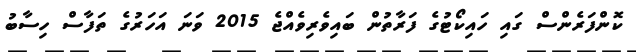
ކޮންފަރެންސް ގައި ހައިކޯޓުގެ ފަރާތުން ބައިވެރިވެއްޖެ 2015 ވަނަ އަހަރުގެ ތަފާސް ހިސާބު